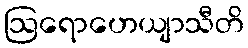
ဩရောဟေယျာသီတိ